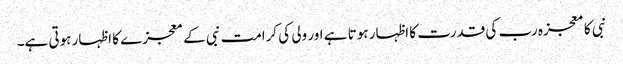
نبی کا معجزہ رب کی قدرت کا اظہار ہوتا ہے اور ولی کی کرامت نبی کے معجزے کا اظہار ہوتی ہے۔